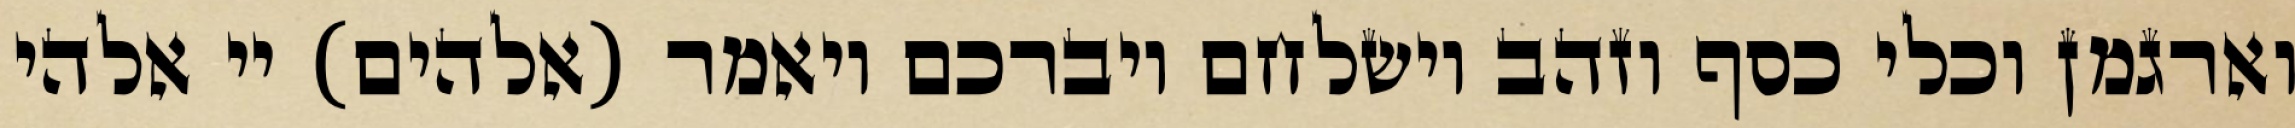
וארגמן וכלי כסף וזהב וישלחם ויברכם ויאמר (אלהים) יי אלהי